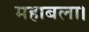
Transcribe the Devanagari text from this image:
महाबला।